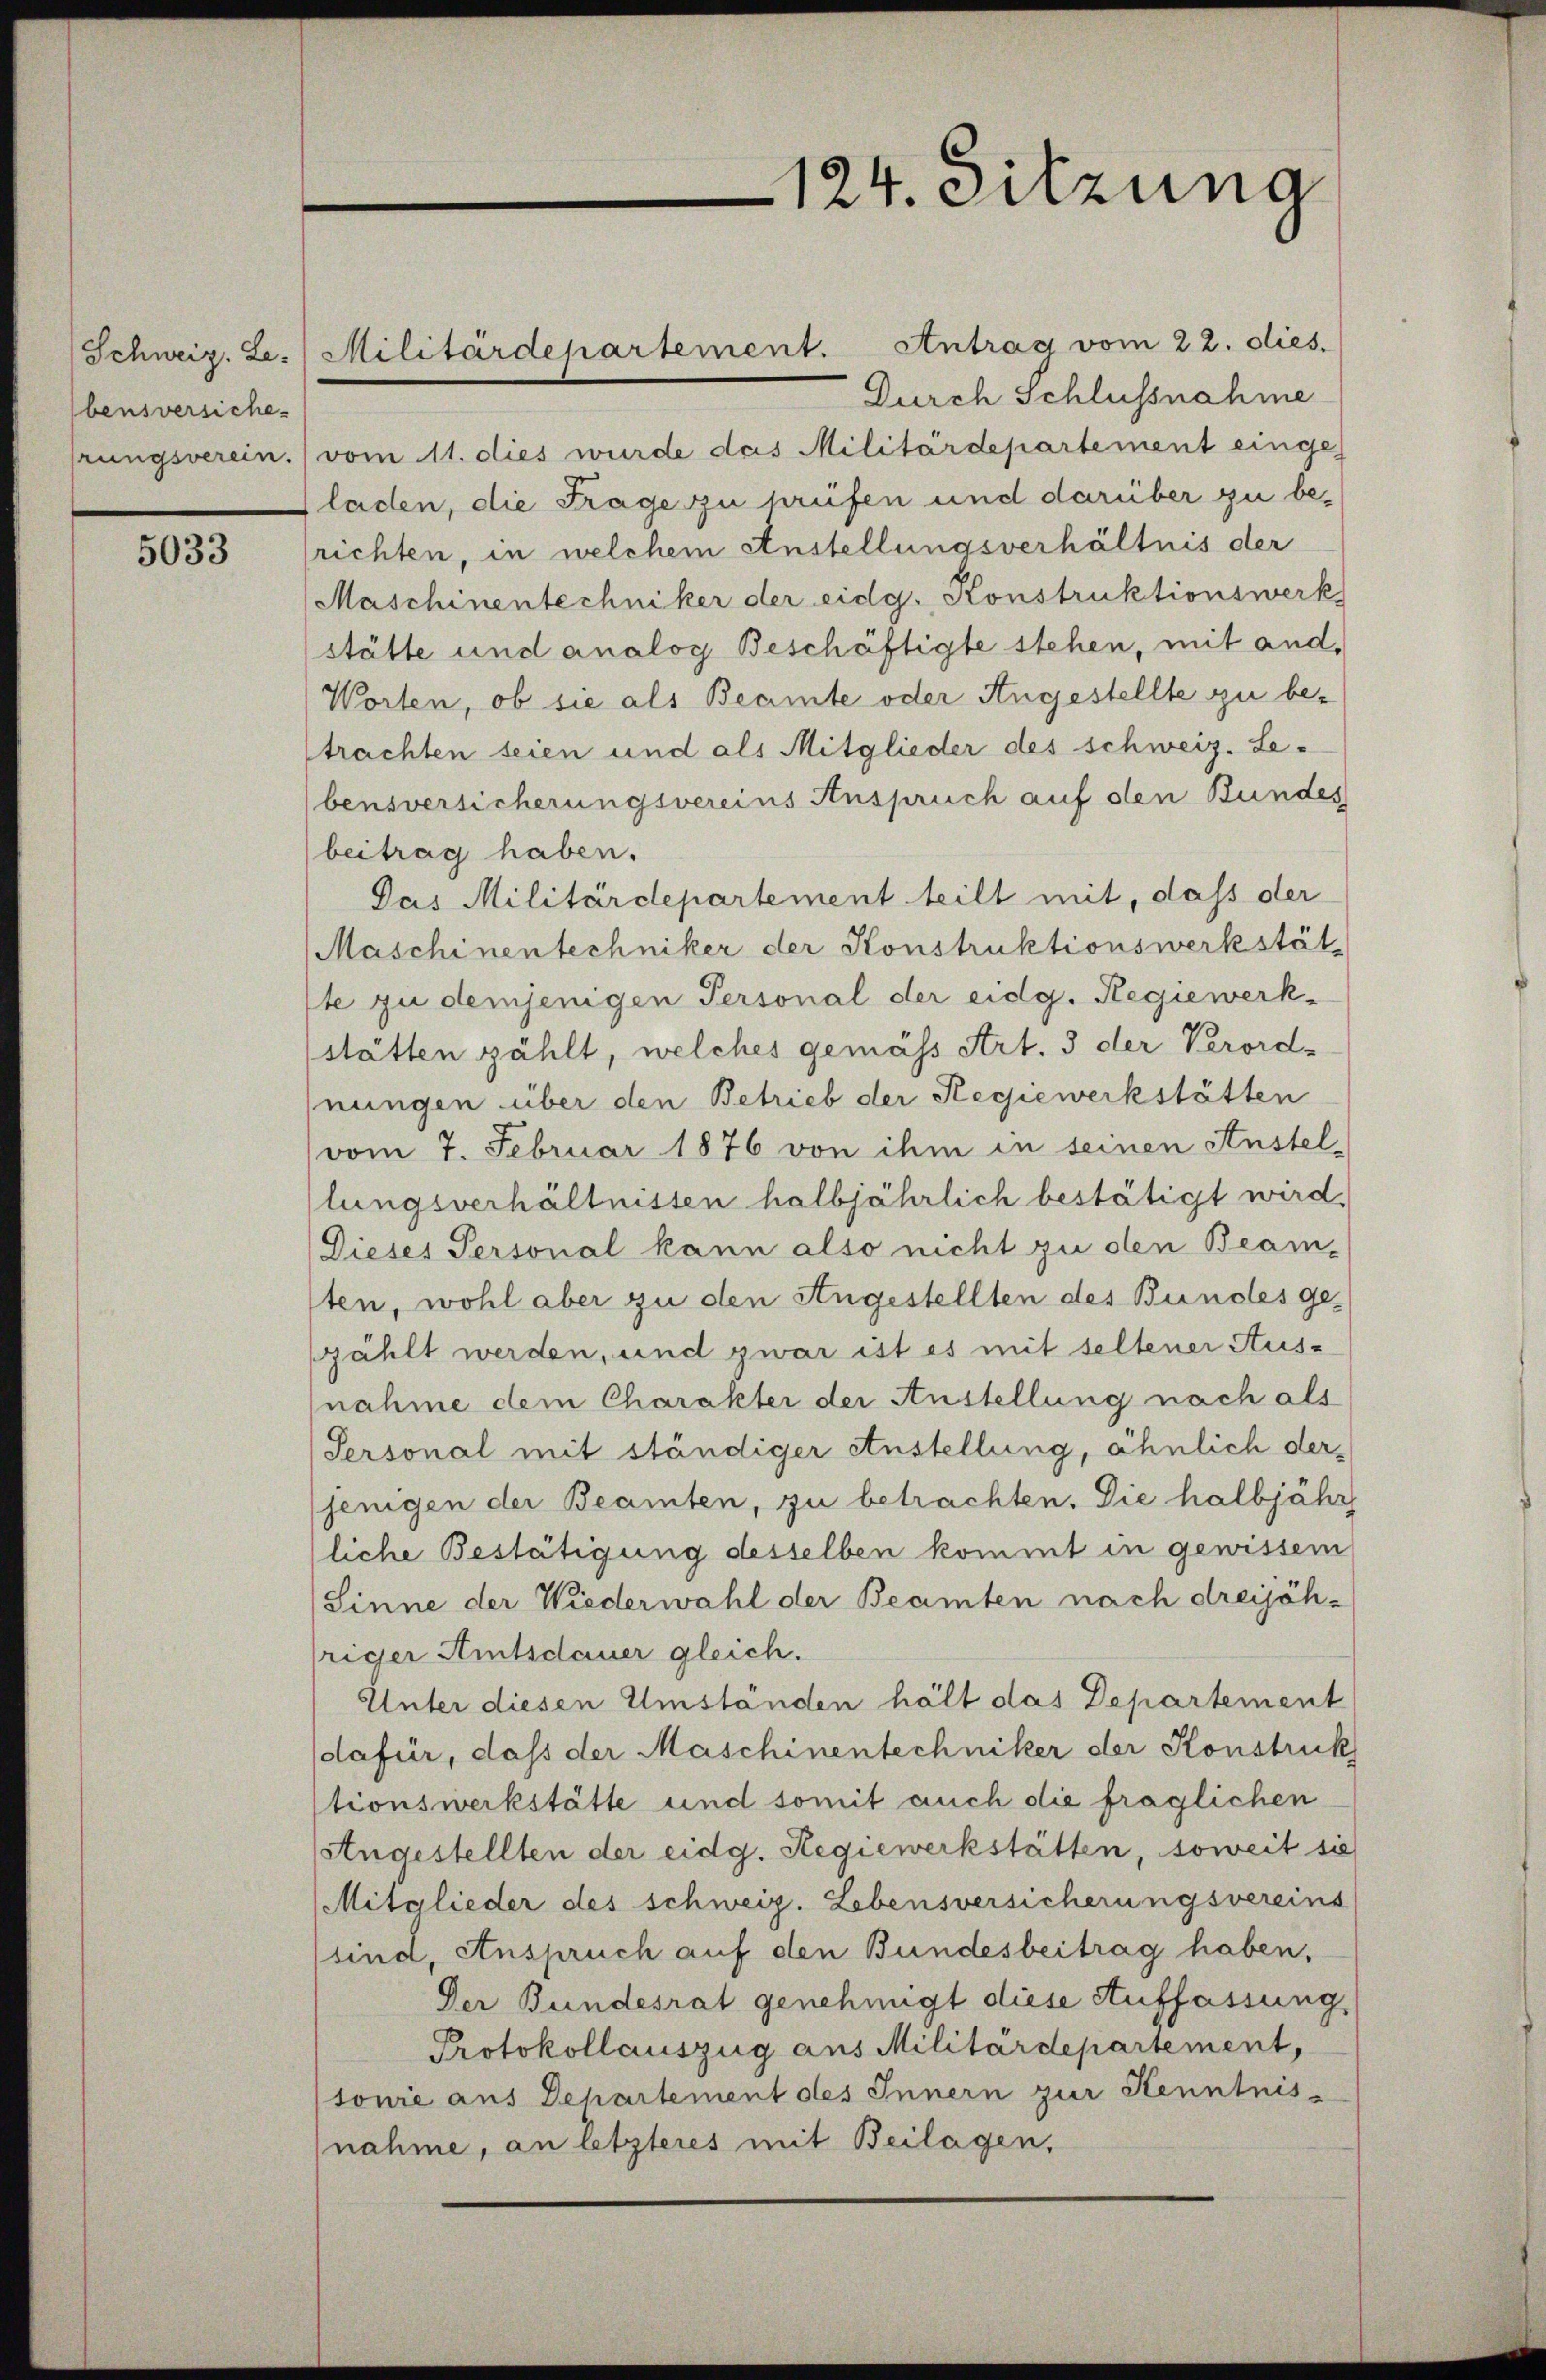
bensversiche
hrungsverein.

5033

Durch Schlussnahme
vom 11. dies wurde das Militärdepartement einge
laden, die Frage zu prüfen und darüber zu berichten, in welchem Anstellungsverhältnis der
Maschinentechniker der eidg. Konstruktionswerk
stätte und analog Beschäftigte stehen, mit and.
Worten, ob sie als Beamte oder Angestellte zu be-
trachten seien und als Mitglieder des schweiz. Lebensversicherungsvereins Anspruch auf den Bundes
beitrag haben.
Das Militärdepartement teilt mit, dass der
Maschinentechniker der Konstruktionswerkstät
ste zu demjenigen Personal der eidg. Regiewerk-
stätten zählt, welches gemäss Art. 3 der Verord-
nungen über den Betrieb der Regiewerkstätten
vom 7. Februar 1876 von ihm in seinen Anstel-
lungsverhältnissen halbjährlich bestätigt wird.
Dieses Personal kann also nicht zu den Beamten, wohl aber zu den Angestellten des Bundesges
zählt werden, und zwar ist es mit seltener Aus-
nahme dem Charakter der Austellung nach als
Personal mit ständiger Anstellung, ähnlich der¬
(jenigen der Beamten, zu betrachten. Die halbjähr
liche Bestätigung desselben kommt in gewissem
Sinne der Wiederwahl der Beamten nach dreijähriger Amtsdauer gleich.
Unter diesen Umständen hält das Departement
dafür, daß der Maschinentechniker der Konstruk
stionswerkstätte und somit auch die fraglichen
Angestellten der eidg. Regiewerkstätten, soweit sie
Mitglieder des schweiz. Lebensversicherungsvereins
sind, Anspruch auf den Bundesbeitrag haben,
Der Bundesrat genehmigt diese Auffassung,
Protokollauszug aus Militärdepartement,
tonie aus Departement des Innern zur Kenntnisnahme, an letzteres mit Beilagen,

Schweiz. Le.) Militärdepartement. Antrag vom 22. dies

124. Sitzung